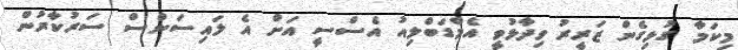
މިކަމާ ގުޅިގެން ޒަރީރު ވިދާޅުވީ އެމްޑަބްލިއު އެސްސީ އަށް އެ ލައިސަންސް ސަރުކާރުން